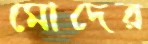
মোদের